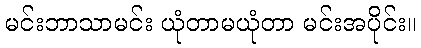
မင်းဘာသာမင်း ယုံတာမယုံတာ မင်းအပိုင်း။